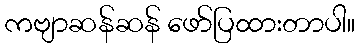
ကဗျာဆန်ဆန် ဖော်ပြထားတာပါ။